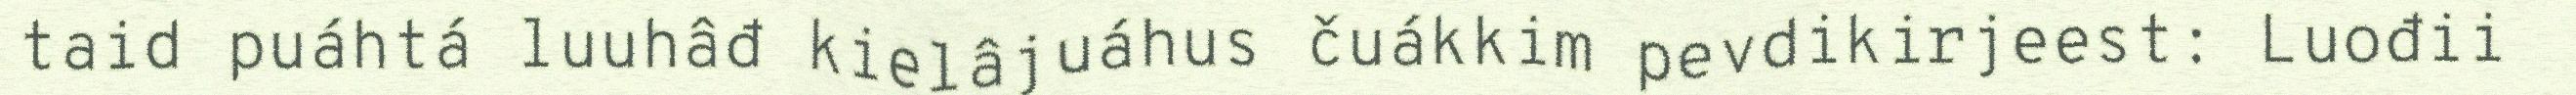
taid puáhtá luuhâđ kielâjuáhus čuákkim pevdikirjeest: Luođii